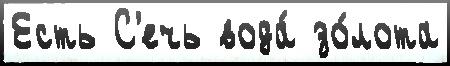
Есть С'ечь вода́ зо́лота